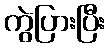
ကွဲပြားပြီး